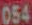
054